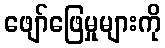
ဖျော်ဖြေမှုများကို